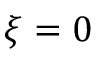
\xi = 0